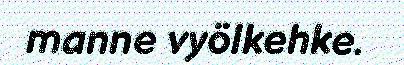
manne vyölkehke.